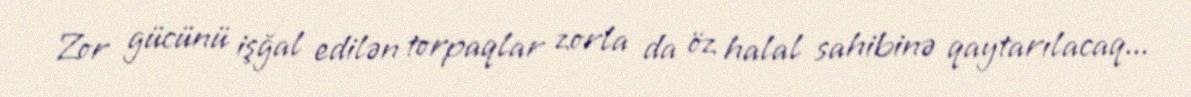
Zor gücünü işğal edilən torpaqlar zorla da öz halal sahibinə qaytarılacaq...